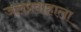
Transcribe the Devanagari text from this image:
जलप्रवाहाला